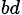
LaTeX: _{bd}